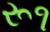
રૂ૧